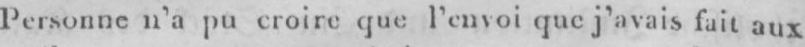
Personnen’a pu croire que l’envoi que j’avais fait aux